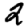
Digit: 2